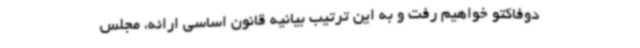
دوفاکتو خواهیم رفت و به این ترتیب بیانیه قانون اساسی ارائه، مجلس